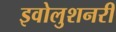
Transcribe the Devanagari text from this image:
इवोलुशनरी